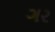
ગર